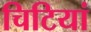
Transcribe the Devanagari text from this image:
चिटियां